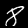
Label: 8